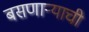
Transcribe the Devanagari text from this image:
बसणाऱ्याची